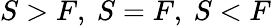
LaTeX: S>F,\ S=F,\ S<F